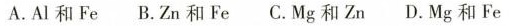
A.Al和Fe B.Zn和Fe C.Mg和Zn D.Mg和Fe